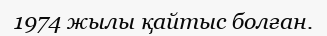
1974 жылы қайтыс болған.